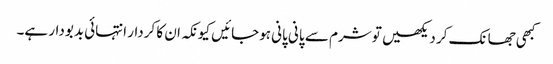
کبھی جھانک کر دیکھیں تو شرم سے پانی پانی ہوجائیں کیونکہ ان کا کردار انتہائی بدبودار ہے۔